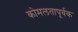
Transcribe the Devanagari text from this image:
कोमलतापूर्वक